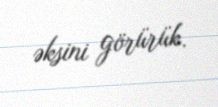
əksini görürük.